Civil Veterinary Department Bihar & Orissa reports 1911-21 - 1911-1921
Year: 1911
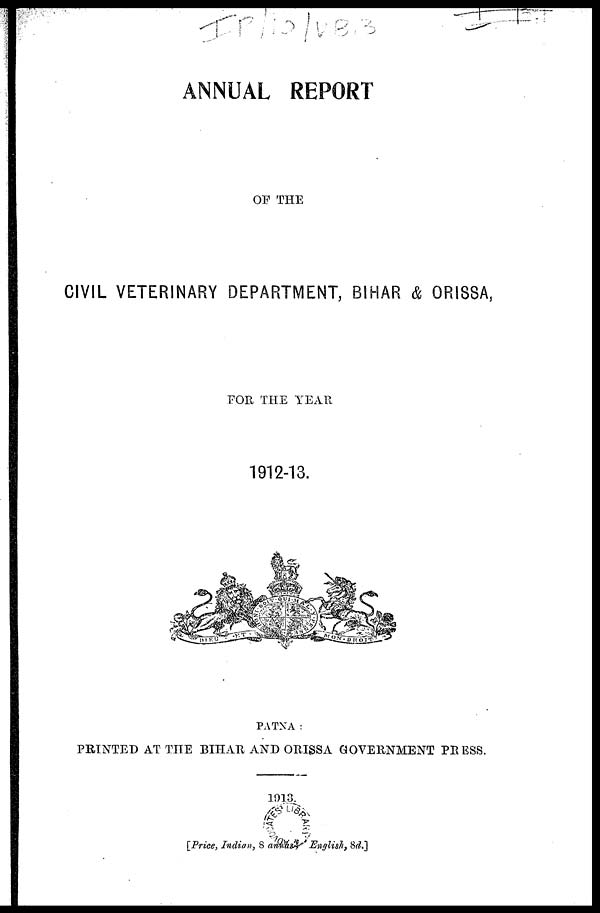
ANNUAL REPORT
OF THE
CIVIL VETERINARY DEPARTMENT, BIHAR & ORISSA,
FOR THE YEAR
1912-13.
PATNA :
PRINTED AT THE BIHAR AND ORISSA GOVERNMENT PRESS.
1013.
[Price, Indian, S annas; English, 8d.]